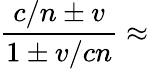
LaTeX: {\frac{c/n\pm v}{1\pm v/cn}}\approx